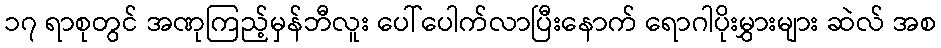
၁၇ ရာစုတွင် အဏုကြည့်မှန်ဘီလူး ပေါ်ပေါက်လာပြီးနောက် ရောဂါပိုးမွှားများ ဆဲလ် အစ